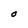
Character: O